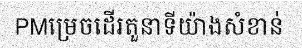
PMម្រេចដើរតួនាទីយ៉ាងសំខាន់